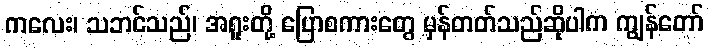
ကလေး၊ သဘင်သည်၊ အရူးတို့ ပြောစကားတွေ မှန်တတ်သည်ဆိုပါက ကျွန်တော်